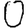
Digit: 0